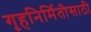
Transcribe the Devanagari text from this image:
गृहनिर्मितीसाठी